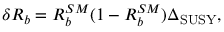
\delta R _ { b } = R _ { b } ^ { S M } ( 1 - R _ { b } ^ { S M } ) \Delta _ { \mathrm { S U S Y } } ,